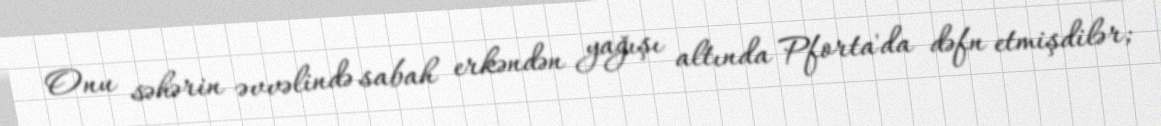
Onu səhərin əvvəlində sabah erkəndən yağışı altında Pforta'da dəfn etmişdilər;